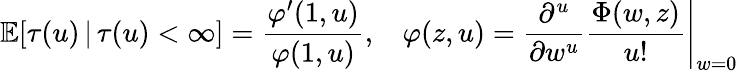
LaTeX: \mathbb{E}[\tau(u)\, |\, \tau(u)<\infty]=\frac{\varphi^{\prime}(1,u)}{\varphi(1,u)},\: \: \: \: \varphi(z,u)=\left.\frac{\partial^{u}}{\partial w^{u}}\frac{\Phi(w,z)}{u!}\right|_{w=0}